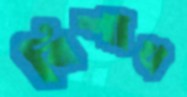
বিশাখ